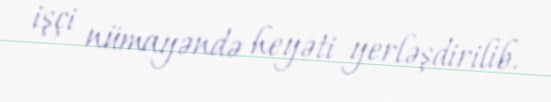
işçi nümayəndə heyəti yerləşdirilib.